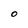
Character: O